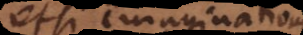
etsi imaginationi